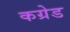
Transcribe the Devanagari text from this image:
कग्रेड